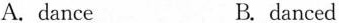
A. dance B. danced